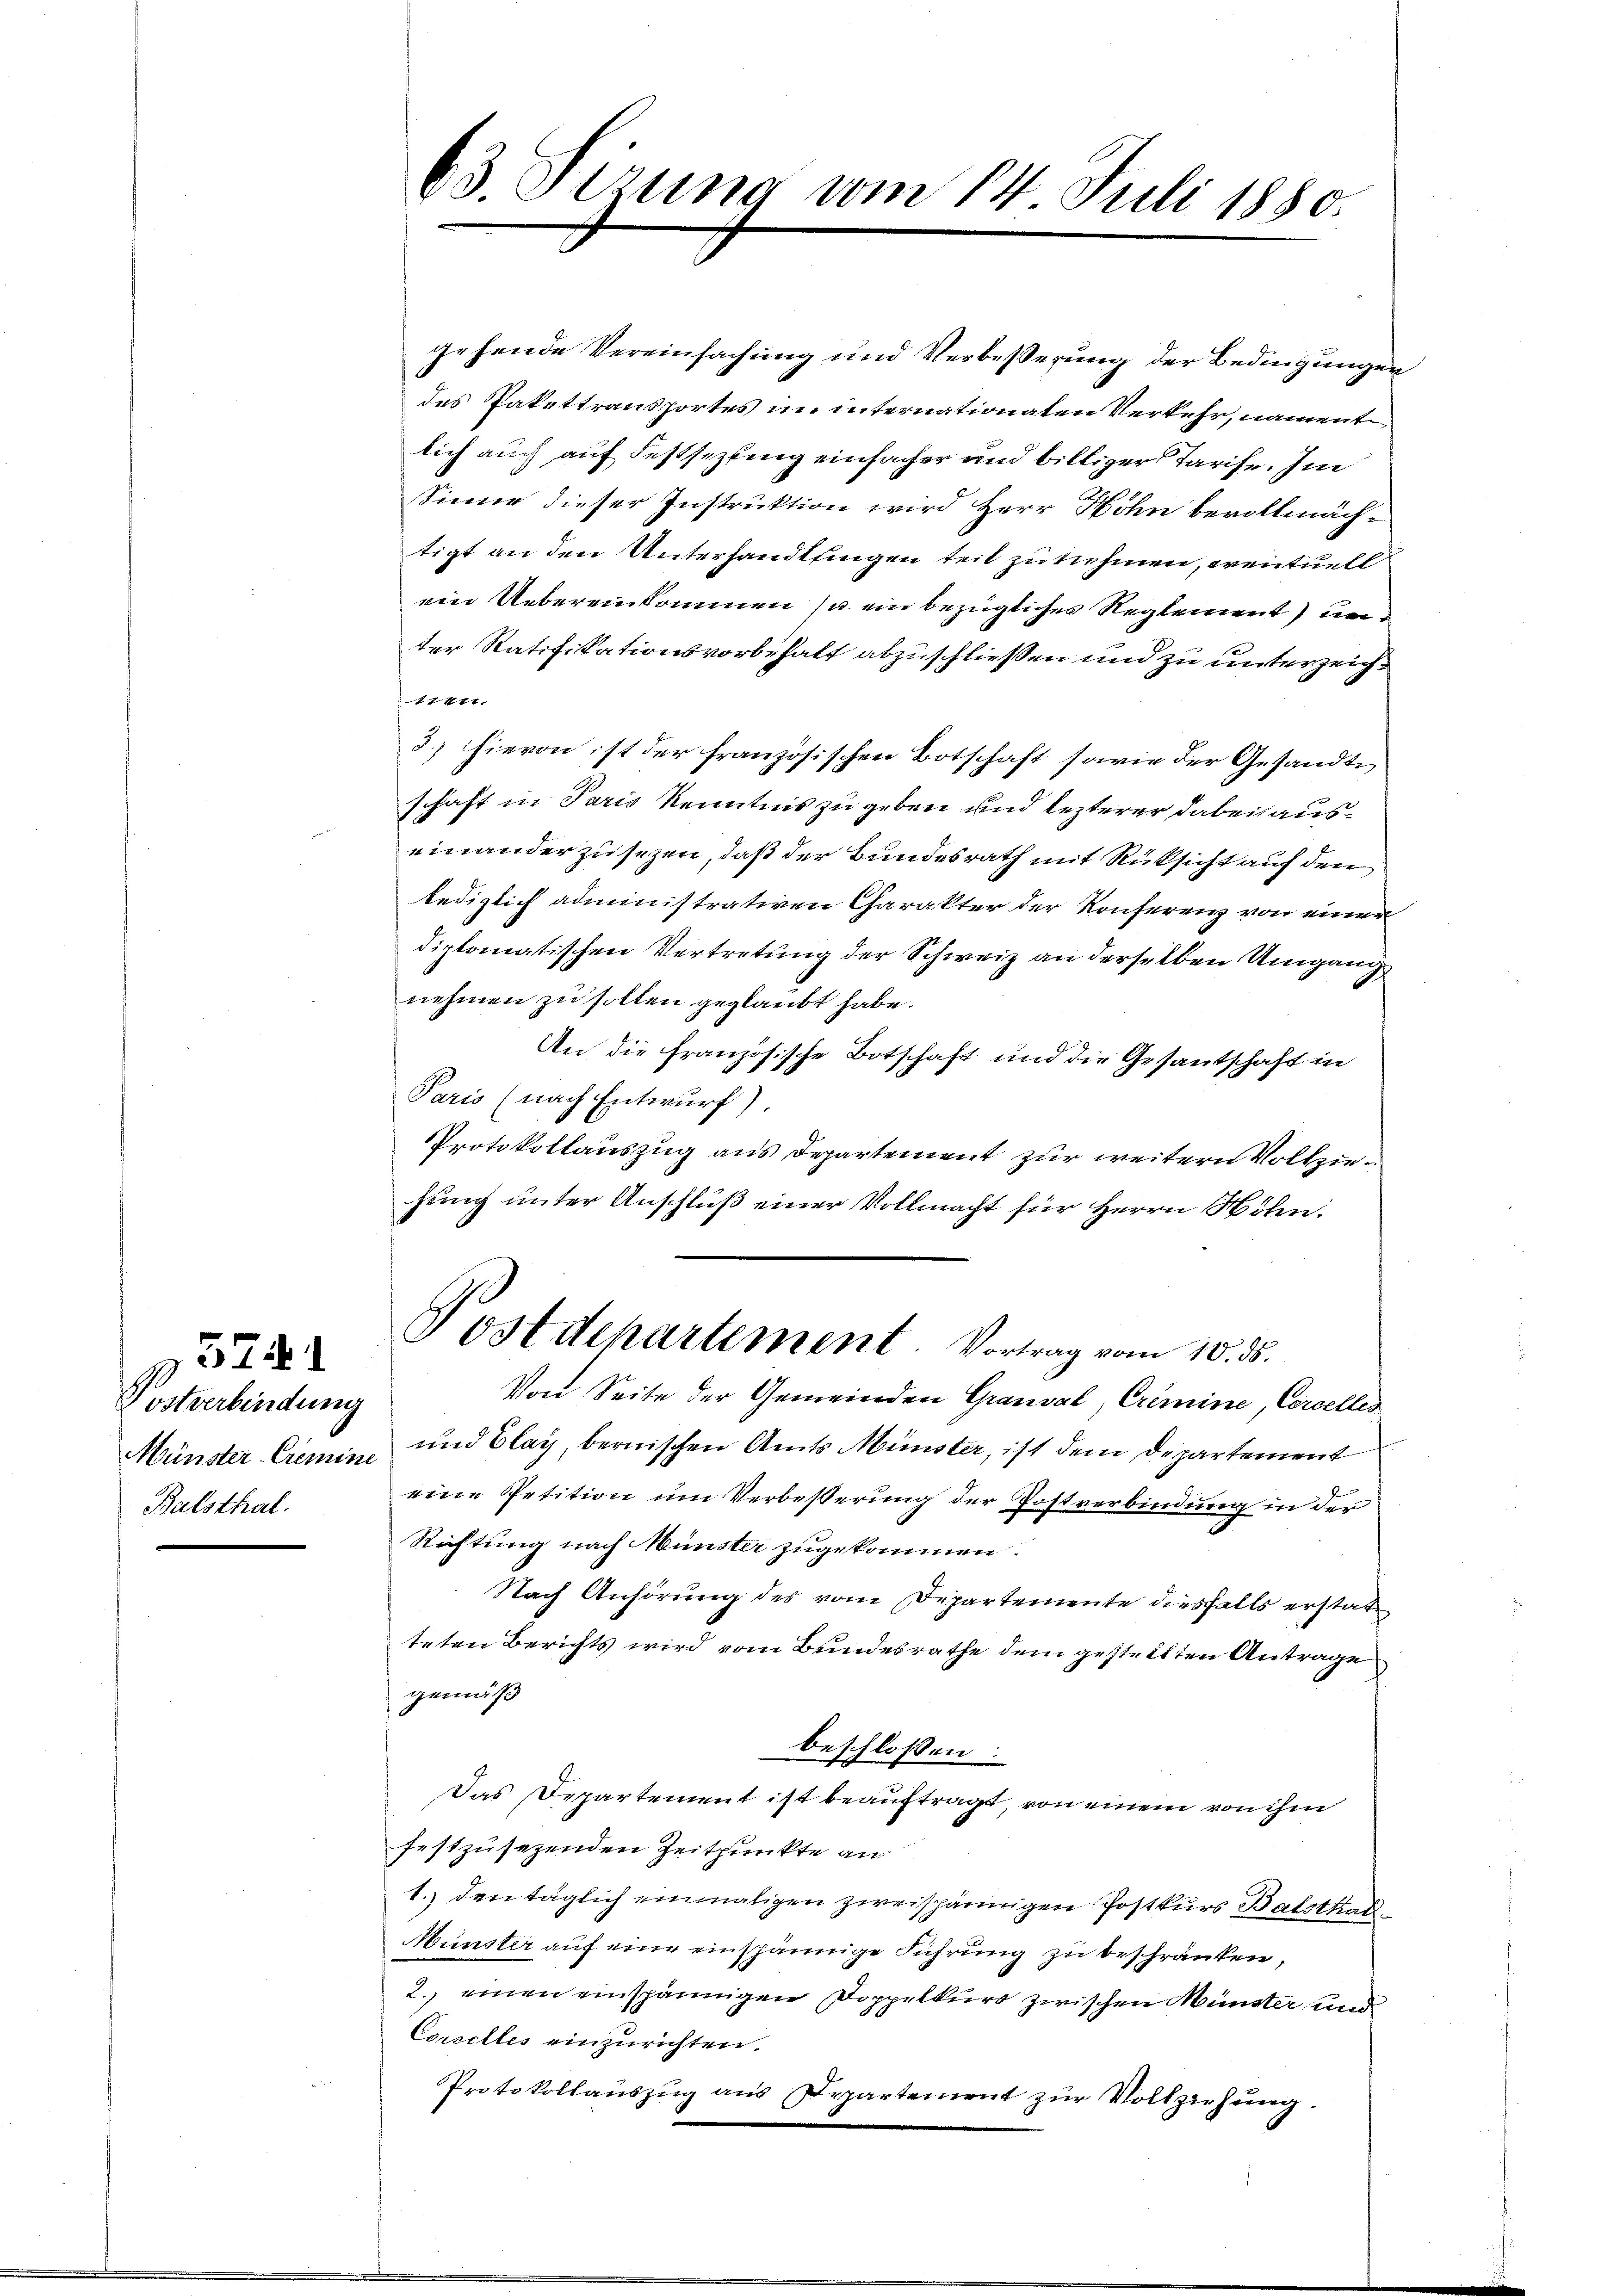
3741

Postverbindung
Münster-Cremine
Balsthal.

gehende Vereinfachung und Verbesserung der Bedingungen
des Pakettransportes im internationaten Verkehr, nament
lich auch auf Festsezung einfacher und billiger Tarife. Im
Sinne dieser Instruktion wird Herr Hohn bevollmächtigt an den Untersandtlingen teil zu nehmen, eventuell
ein Uebereinkommen u. ein bezügliches Reglement) un
ter Ratifikationsvorbehalt abzuschließen und zu unterzeich¬
11411.
3.) hievon ist der französischen Botschaft sowie der Gesandteschaft in Paris Kenntnis zu geben und lezterer dabei auseinander zu sezen, daß der Bundesrath mit Rüksicht auf den
lediglich administrativen Charakter der Konferenz von einer
diplomatischen Vertretung der Schweiz an derselben Umgang
nehmen zu sollen geglaubt habe.
An die französische Botschaft und die Gesantschaft in
Paris (nach Entwurf).
Protokollauszug aus Departement zur weitern Vollziehung unter Anschluß einer Vollmacht für Herrn Höhen.
Sostdepartement. Vortrag vom 10. ds.
Von Seite der Gemeinden Grauval, Crimine, Concelles
und Elay, bernischen Amts Münster, ist dem Departement
eine Petition um Verbesserung der Postverbindung in der
Richtung nach Münster zugekommen.
Nach Anhörung des vom Departemente diesfalls erstatteten Berichts wird vom Bundesrathe dem gestellten Antrage
gemäß
beschlossen:
Das Departement ist beauftragt, von einem von ihm
festzusezenden Zeitpunkte an
1.) den täglich einmaligen zweispännigen Postkurs Balsthal¬
Münster auf eine einspännige Führung zu beschränken,
2. einen einspännigen Doppelkurs zwischen Münster und
Correlles einzurichten.
Protokollauszug aus Departement zur Vollziehung.

63 Sizung vom 14. Juli 1880.